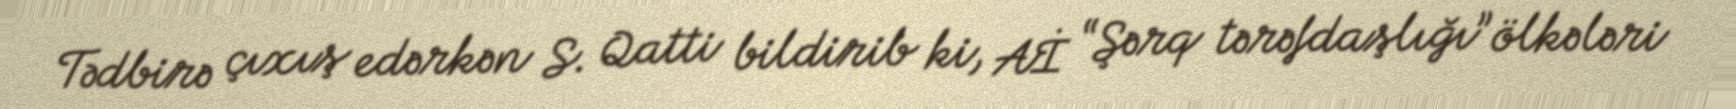
Tədbirə çıxış edərkən S. Qatti bildirib ki, Aİ “Şərq tərəfdaşlığı” ölkələri